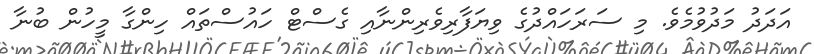
އަދަދު މަދުވުމެވެ. މި ސަރަހައްދުގެ ވިޔަފާރިވެރިންނާއި ގެސްޓް ހައުސްތައް ހިންގާ މީހުން ބުނާ